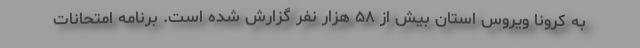
به کرونا ویروس استان بیش از ۵۸ هزار نفر گزارش شده است. برنامه امتحانات